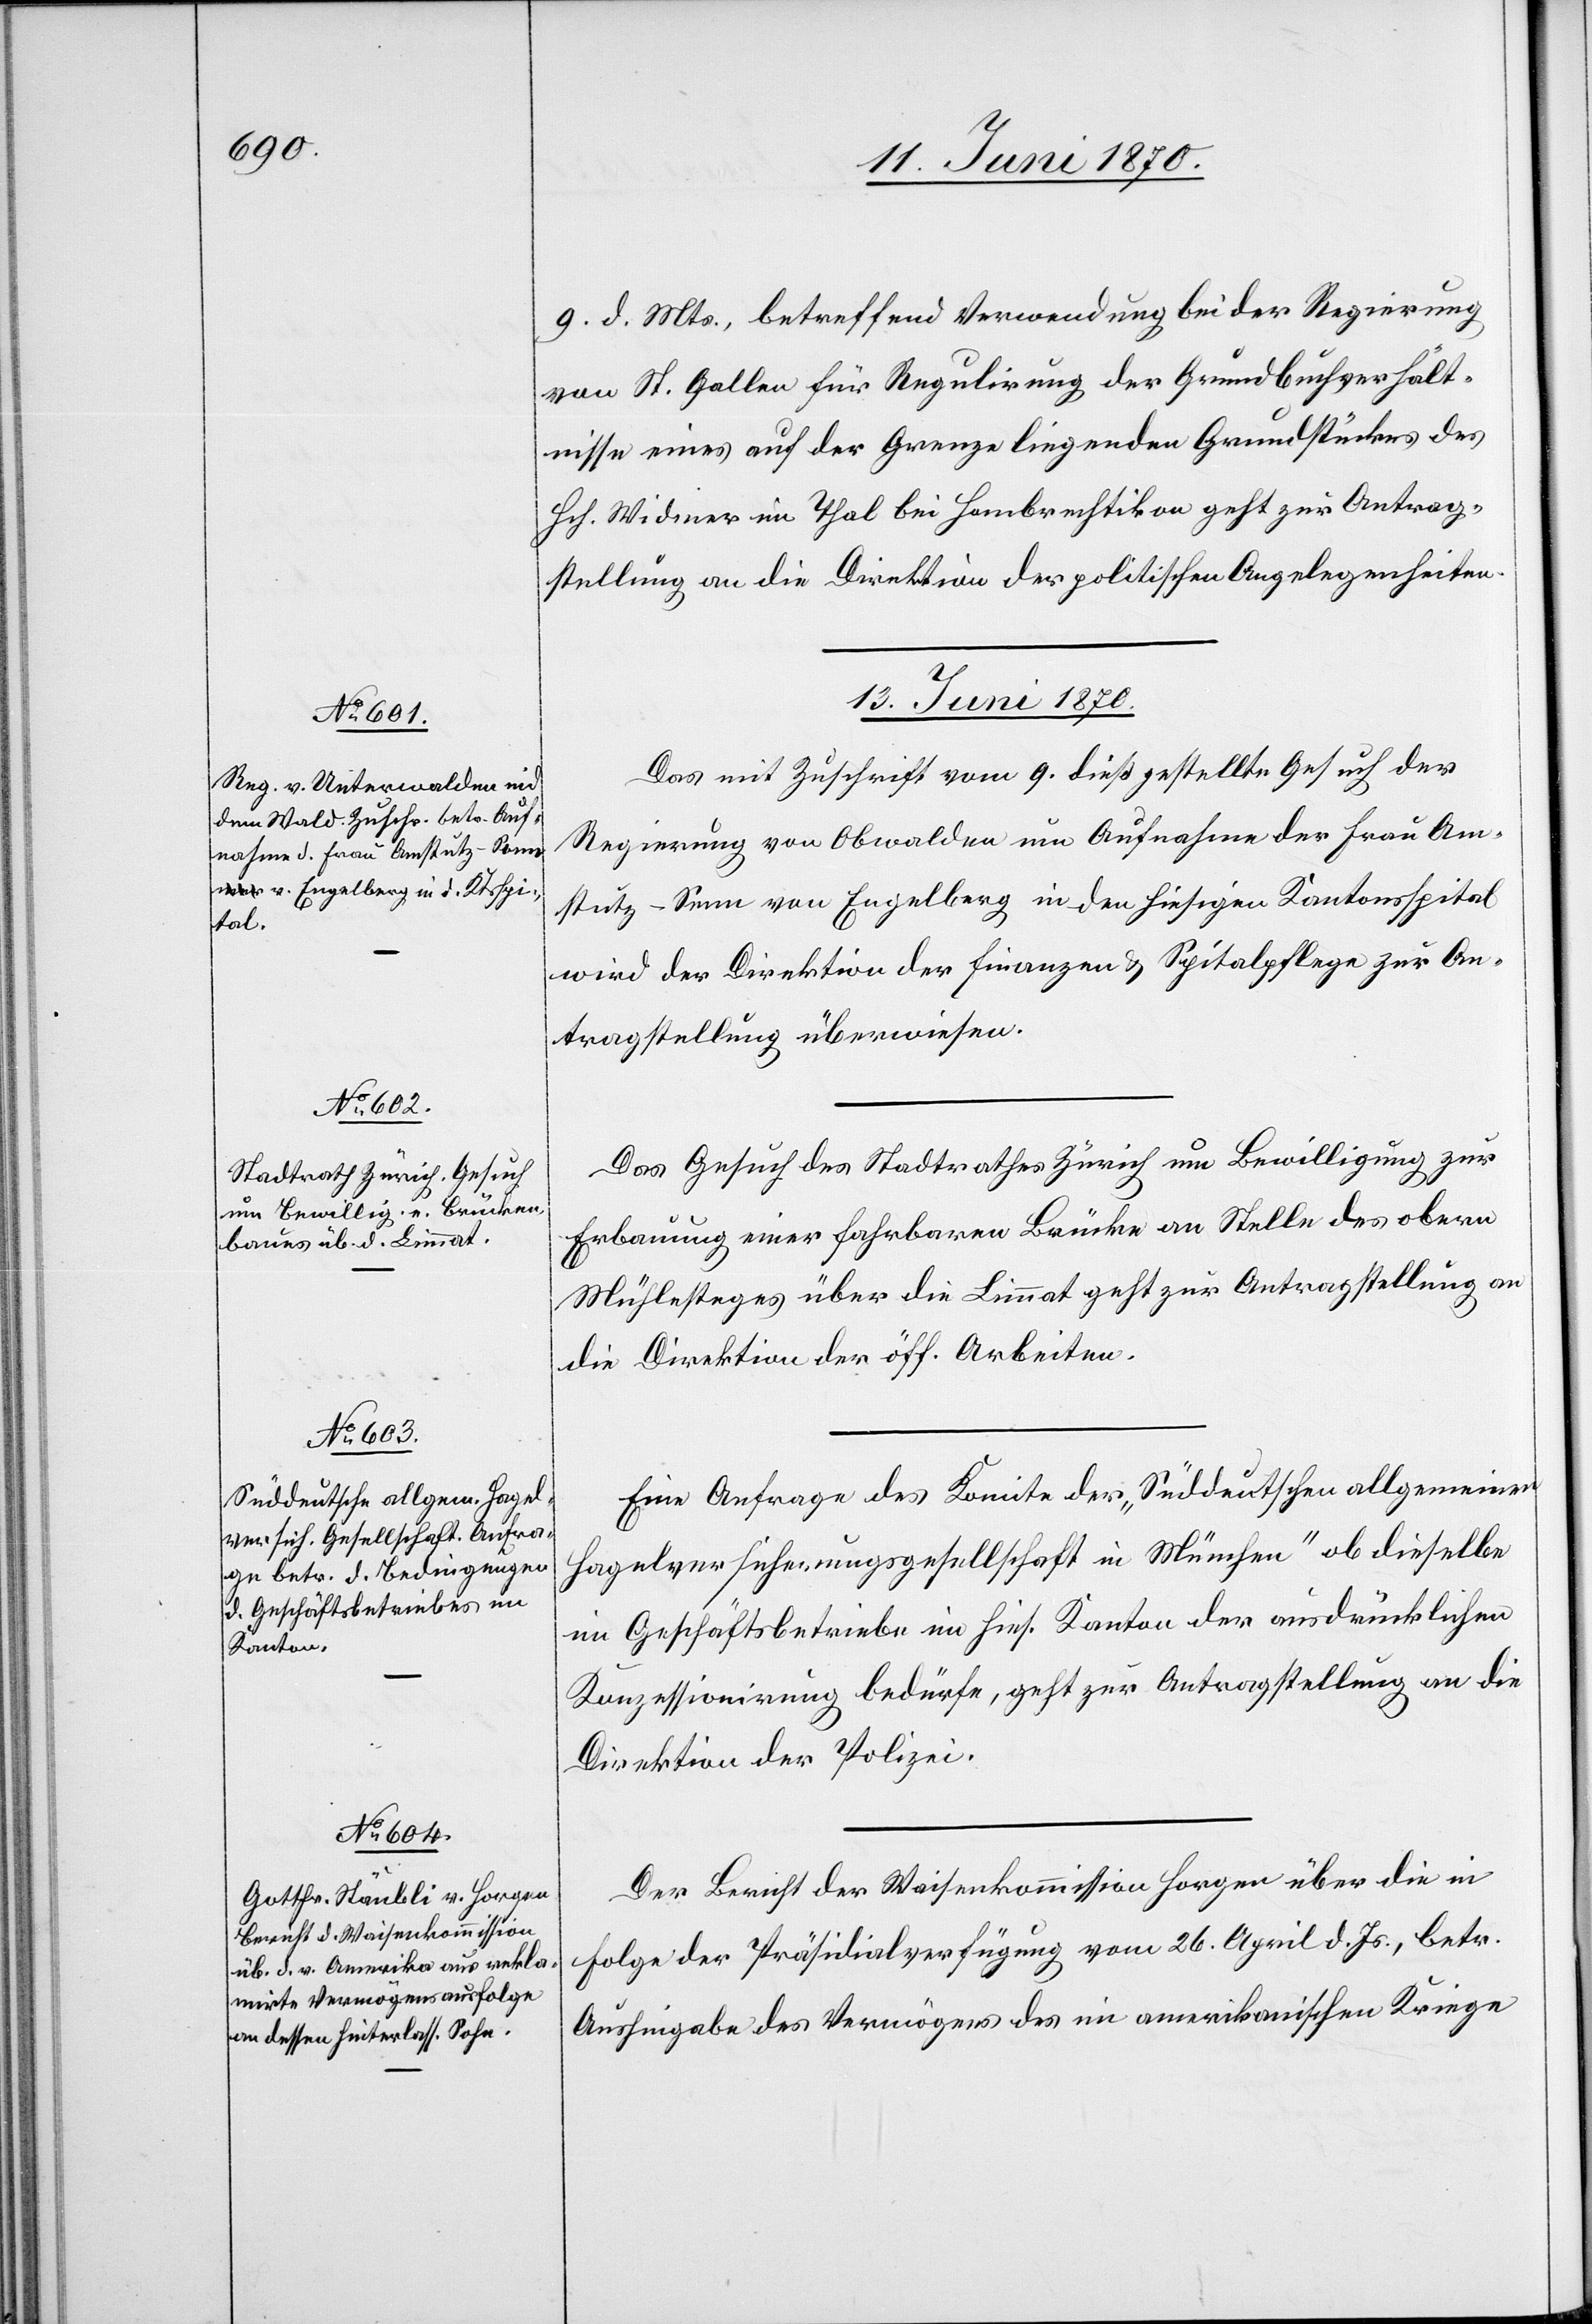
9. d. Mts., betreffend Verwendung bei der Regierung
von St. Gallen für Regulirung der Grundbuchverhält¬
nisse eines auf der Grenze liegenden Grundstückes des
Hch. Widmer in Thal bei Hombrechtikon geht zur Antrag¬
stellung an die Direktion der politischen Angelegenheiten.
13. Juni 1870.]
Das mit Zuschrift vom 9. dieß gestellte Gesuch der
Regierung von Obwalden um Aufnahme der Regierung
Amstutz-Senn von Engelberg in den hiesigen Kantonsspital
wird der Direktion der Finanzen & Spitalpflege zur An¬
tragstellung überwiesen.
Das Gesuch des Stadtrathes Zürich um Bewilligung zur
Erbauung einer fahrbaren Brücke an Stelle des obern
Mühlesteges über die Limmat geht zur Antragstellung an
die Direktion der öff. Arbeiten.
Eine Anfrage des Komite der „Süddeutschen allgemeinen
Hagelversicherungsgesellschaft in München“ ob dieselbe
ein Geschäftsbetriebe im hies. Kanton der ausdrücklichen
Konzessionirung bedürfe, geht zur Antragstellung an die
Direktion der Polizei.
Der Bericht der Waisenkommission Horgen über die in
Folge der Präsidialverfügung vom 26. April d. Js., betr.
Aushingabe des Vermögens des im amerikanischen Kriege